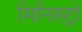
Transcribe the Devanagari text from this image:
मिनिस्ट्रो